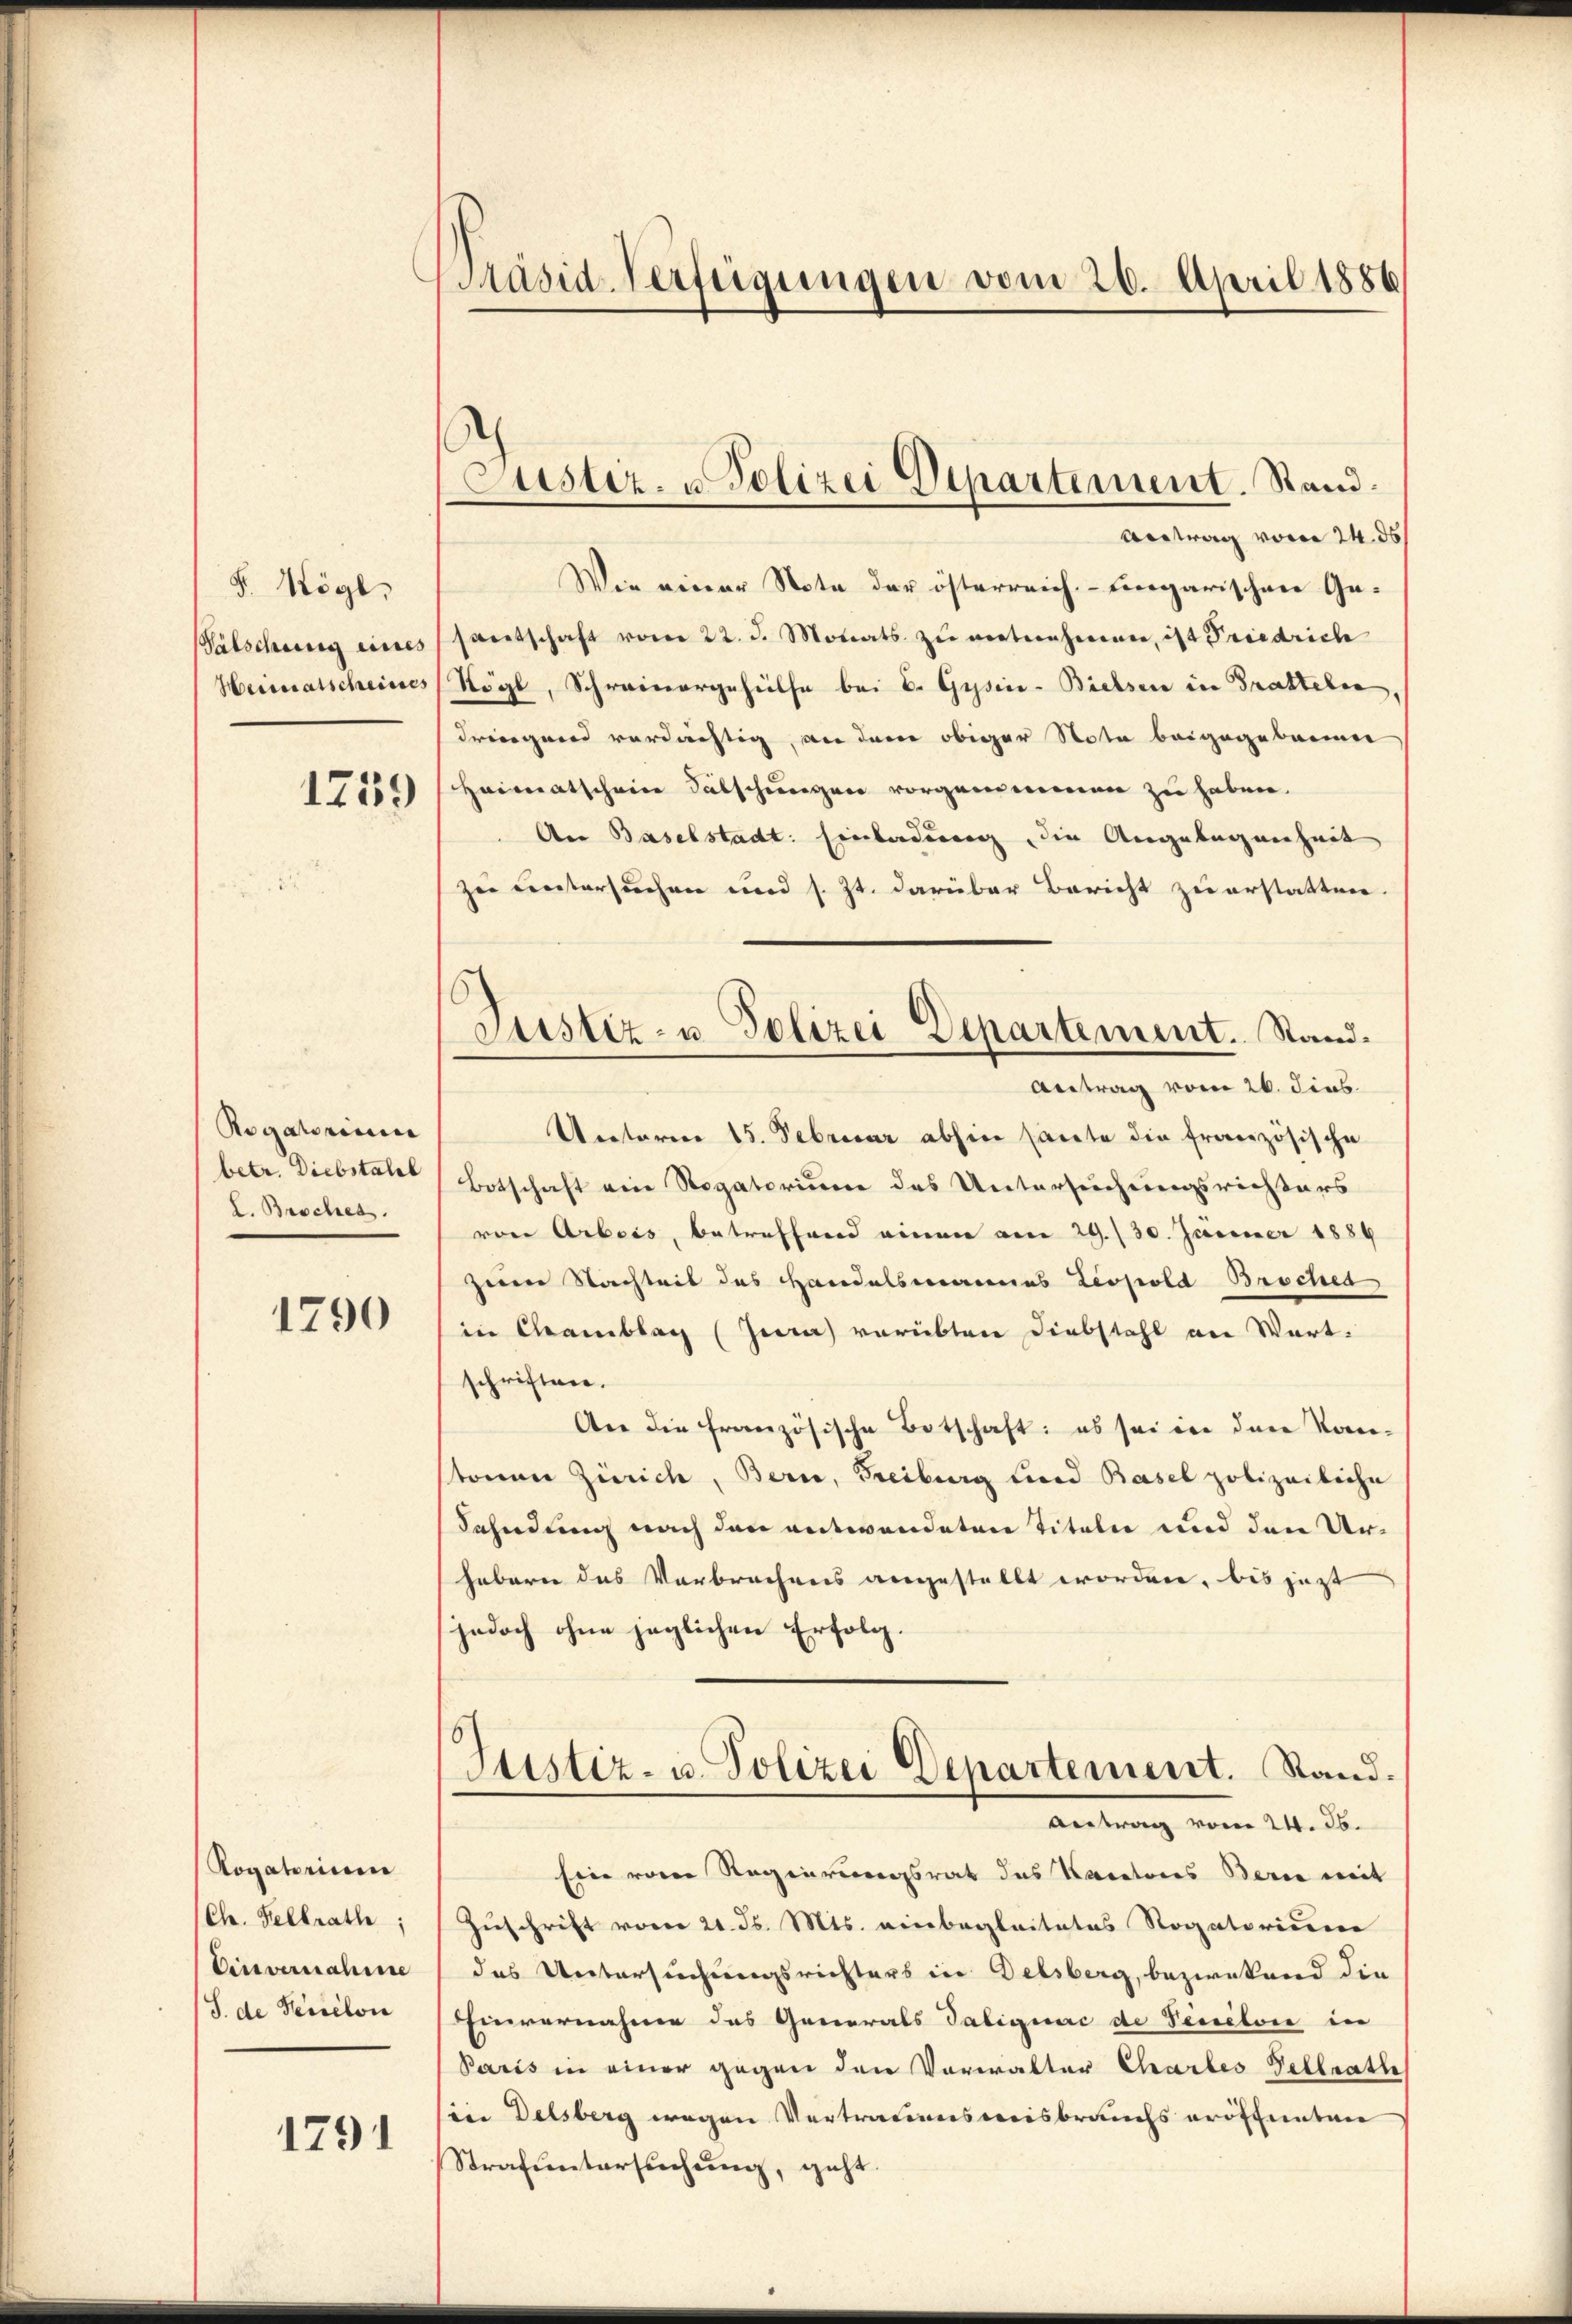
F. Kögl.
Välschung eines
Heiratscheines

1259

Rogatorium
betr. Diebstahel
L. Brochen.

1790

Rogatorium
Ch. Selbrathe,
Einvernahme
J. de Percelon

1791

Präsid-Verfügungen vom 26. April 1886

Antrag vom 24. ds
Wie einer Note der österreich. - Eingarischen Gesantschaft vom 22. d. Monats zŭ mitnehmen, ist Priedrich
Kögl, Schreinergehülfe bei B. Gysin-Bielsen in Bratteln,
dringend verdächtig, an der obiger Nota beigegebauen
Heimatschein Fälschungen vorgenommenen zu haben.
An Baselstadt: Einladung, die Angelegenheit
zu untersuchen und s. Zt. darüber Bericht zu erstatten
Antrag vom 26. dies
Uectorene 15. Febricar abhin sacte die französische
Botschaft ein Rogatorium des Untersuchungsrichters
von Arbeis, betreffend einen am 29./30. Januar 1889
zum Nachteit des Handelsmannes Leopold Brochen,
in Chamblag (Jere) verübten Diebstahl an Wartschriften.
An die französische Botschaft: es sei in den Kon-
tonen Zürich, Bern, Freiburg und Basel polizeiliche
Fahndung nach den entwendeten Titeln und den Urhebern das Verbrechens angestellt worden, bis jezt
jedoch ohne jeglichen Erfolg.
Justiz- u. Polizei Departement. Stand.
Antrag vom 24. d.
sine von Regierungsrat des Karatores Berne mit
Zuschrift vom 21. ds. Mts. einbegleitetes Rogatorium
das Untersuchungsrichters in Delsberg, bezweckend die
Einvernahme des Generals Taliquac de Venelon in
Paris in einer gegen den Vorwalter Chartes Geltrath
sin Delsberg wegen Vertrauensweisbrauchs eröffenten
Strafuntersuchung, geht.

Puster- u Polizei Departement. Stand.

Justiz- u Polizei Departement. Stand.